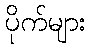
ပိုက်များ